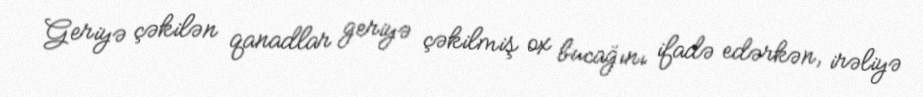
Geriyə çəkilən qanadlar geriyə çəkilmiş ox bucağını ifadə edərkən, irəliyə